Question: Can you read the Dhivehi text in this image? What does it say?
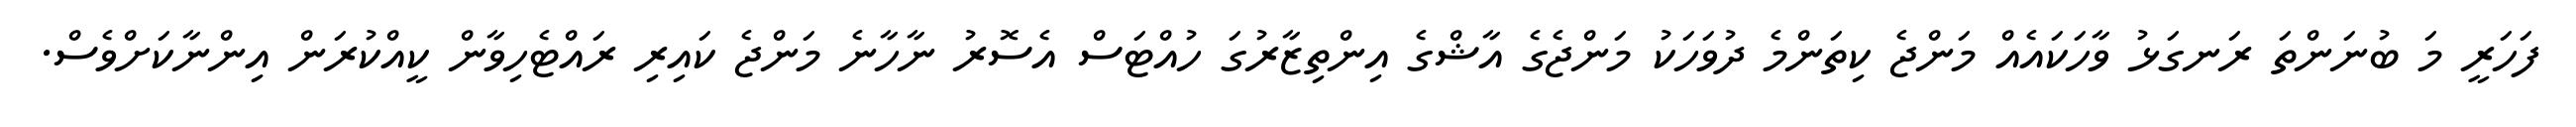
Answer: ފަހަރީ މަ ބުނަންތަ ރަނގަޅު ވާހަކައެއް މަންޖެ ކިތަންމެ ދުވަހަކު މަންޖެގެ އާޝްގެ އިންތިޒާރުގަ ހުއްޓަސް އެސޮރު ނާހާނެ މަންޖެ ކައިރި ރައްޓެހިވާން ކީއްކުރަން އިންނާކަށްވެސް.